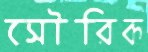
সৌরিক